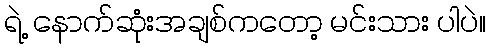
ရဲ့ နောက်ဆုံးအချစ်ကတော့ မင်းသား ပါပဲ။